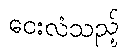
ဝေးလံသည့်